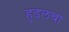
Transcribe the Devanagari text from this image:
हुडलचा